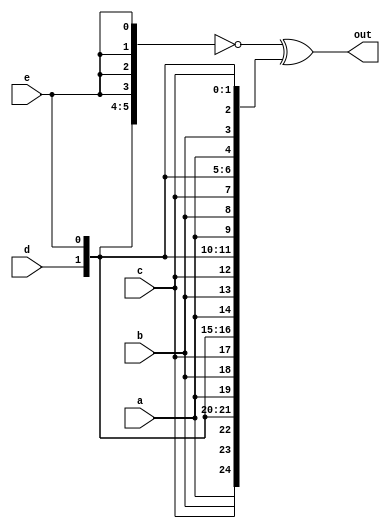
module top_module (
    input a, b, c, d, e,
    output [24:0] out );//

    // assign out = { replicate-sign-bit , the-input };

    wire [24:0] list1 = {{5{a}}, {5{b}}, {5{c}}, {5{d}}, {5{e}}};
    wire [4:0] temp = {a, b, c, d, e};
    wire [24:0] list2 = {5{temp}};

    assign out = ~list1^list2;

endmodule